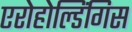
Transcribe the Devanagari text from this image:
एरोहोल्डिंगिस